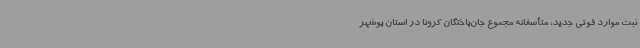
ثبت موارد فوتی جدید، متأسفانه مجموع جان‌باختگان کرونا در استان بوشهر